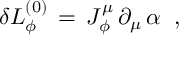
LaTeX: \delta { \cal L } _ { \phi } ^ { ( 0 ) } \, = \, J _ { \phi } ^ { \mu } \, \partial _ { \mu } \, \alpha \; \; ,